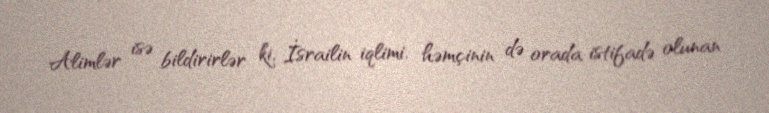
Alimlər isə bildirirlər ki, İsrailin iqlimi, həmçinin də orada istifadə olunan